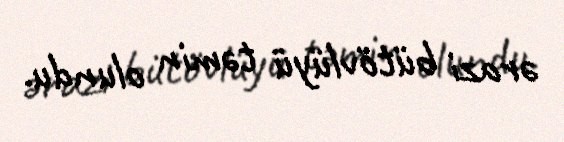
ərazi bütövlüyü təmin olundu.